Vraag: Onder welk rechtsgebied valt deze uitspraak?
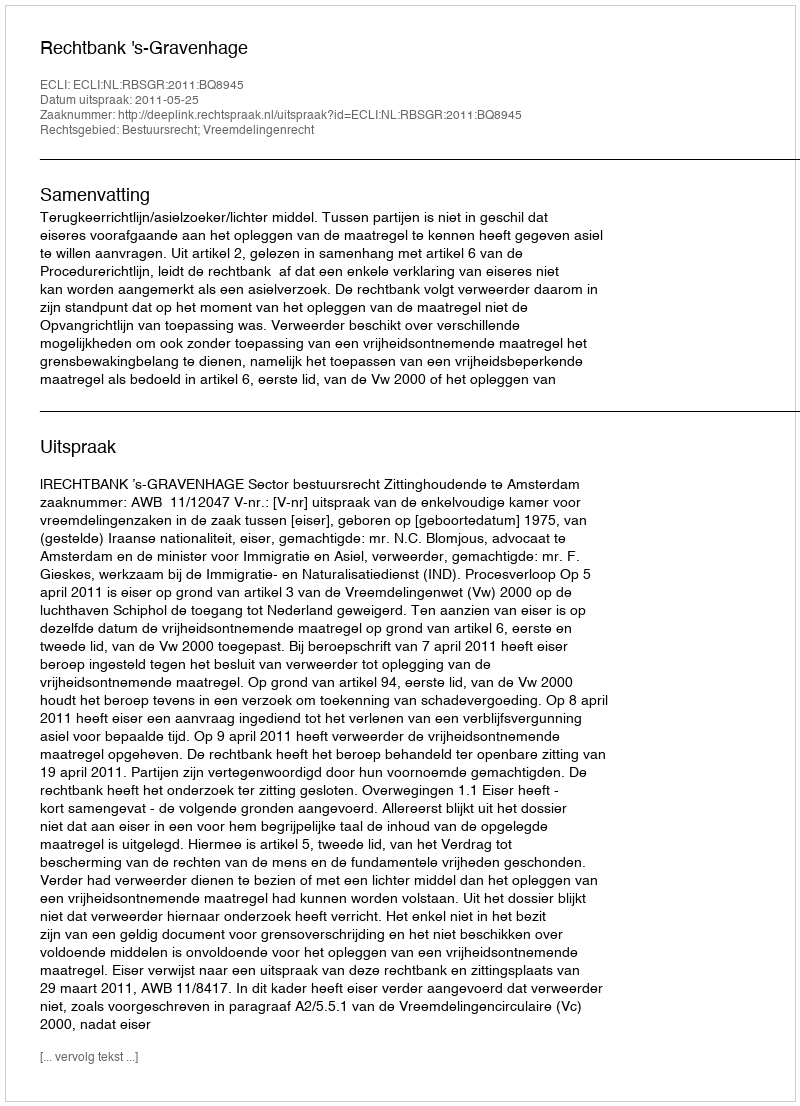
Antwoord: Bestuursrecht; Vreemdelingenrecht